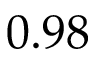
0 . 9 8